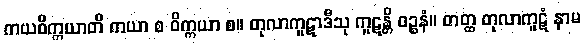
ကယဝိက္ကယာတိ ကယာ စ ဝိက္ကယာ စ။ တုလာကူဋာဒီသု ကူဋန္တိ ဝဉ္စနံ။ တတ္ထ တုလာကူဋံ နာမ